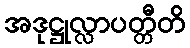
အဒုဋ္ဌုလ္လာပတ္တီတိ